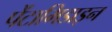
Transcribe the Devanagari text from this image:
पेंटामिडाइन